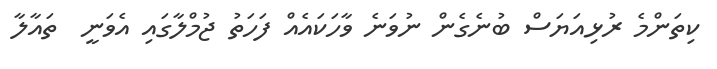
ކިތަންމެ ރުޅިއަޔަސް ބުނެގެން ނުވަނެ ވާހަކައެއް ފަހަތު ޖުމްލާގައި އެވަނީ  ތައާލާ